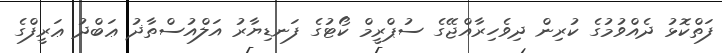
ފަތްކޮޅު ދެއްވުމުގެ ކުރިން ދިވެހިރާއްޖޭގެ ސުޕްރީމް ކޯޓުގެ ފަނޑިޔާރު އަލްއުސްތާޛު ޢަބްދު ޢަރީފްގެ